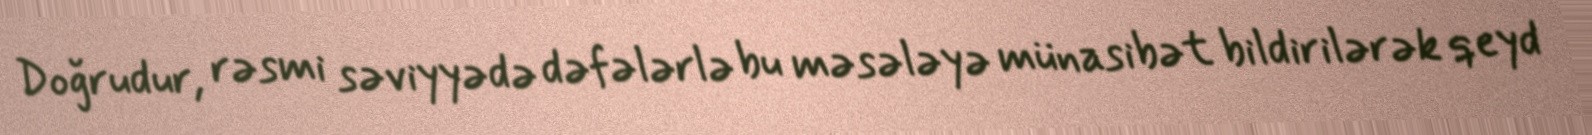
Doğrudur, rəsmi səviyyədə dəfələrlə bu məsələyə münasibət bildirilərək qeyd